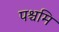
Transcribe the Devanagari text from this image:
पश्चमि